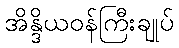
အိန္ဒိယဝန်ကြီးချုပ်